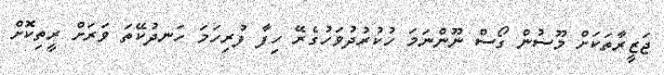
ޖަޒީރާތަކަށް މޫސުން ގޯސް ނޫންނަމަ ހުކުރުދުވަހުގެރޭ ހިފާ ފުރިހަމަ ހަނދުކޭތަ ވަރަށް ރީތިކޮށް